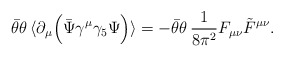
\begin{align*}\bar\theta\theta\,\langle \partial_\mu \Big(\bar\Psi \gamma^\mu\gamma_5\Psi\Big)\rangle= - \bar\theta\theta\,\frac{1}{8\pi^2} F_{\mu\nu}\tilde F^{\mu\nu}.\end{align*}